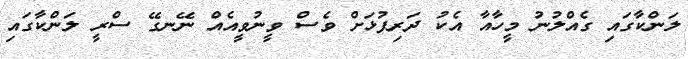
ލަންކާގައި ގެއްލުނު މީހާއާ އެކު ދަރިފުޅަށް ވެސް ވީނުވީއެއް ނޭނގޭ ސްރީ ލަންކާގައި